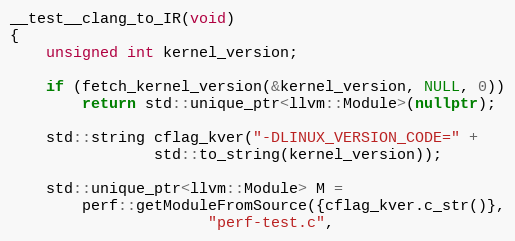
Language: C++
__test__clang_to_IR(void)
{
	unsigned int kernel_version;

	if (fetch_kernel_version(&kernel_version, NULL, 0))
		return std::unique_ptr<llvm::Module>(nullptr);

	std::string cflag_kver("-DLINUX_VERSION_CODE=" +
				std::to_string(kernel_version));

	std::unique_ptr<llvm::Module> M =
		perf::getModuleFromSource({cflag_kver.c_str()},
					  "perf-test.c",